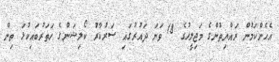
އެހެންކަމުން ރައްޔިތުންގެ މަޖިލީހުގެ 18 ވަނަ ދައުރުގައި ސަރުކާރު ކޯލިޝަންގެ ހަތަރުބައިކުޅަ ތިން